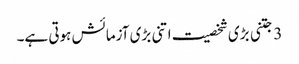
3 جتنی بڑی شخصیت اتنی بڑی آزمائش ہوتی ہے۔